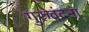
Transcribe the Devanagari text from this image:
गुरुवंदना